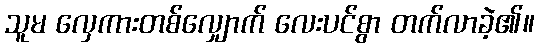
သူမ လှေကားတစ်လျှောက် လေးပင်စွာ တက်လာခဲ့၏။